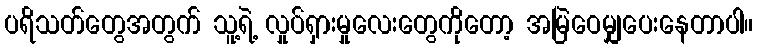
ပရိသတ်တွေအတွက် သူ့ရဲ့ လှုပ်ရှားမှုလေးတွေကိုတော့ အမြဲဝေမျှပေးနေတာပါ။